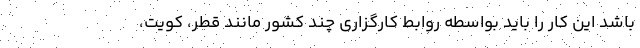
باشد این کار را باید بواسطه روابط کارگزاری چند کشور مانند قطر، کویت،